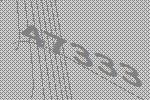
47333